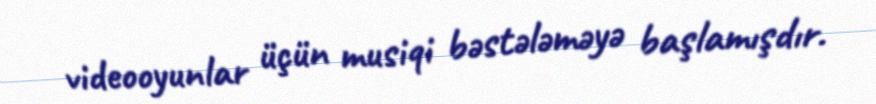
videooyunlar üçün musiqi bəstələməyə başlamışdır.